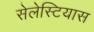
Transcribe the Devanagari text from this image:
सेलेस्टियास